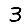
Digit: 3